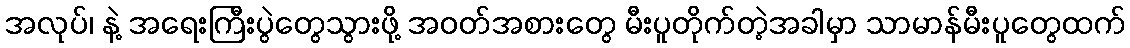
အလုပ်၊ နဲ့ အရေးကြီးပွဲတွေသွားဖို့ အဝတ်အစားတွေ မီးပူတိုက်တဲ့အခါမှာ သာမာန်မီးပူတွေထက်